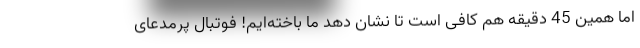
اما همین 45 دقیقه هم کافی است تا نشان دهد ما باخته‌ایم! فوتبال پرمدعای